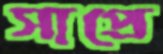
সাপ্রে